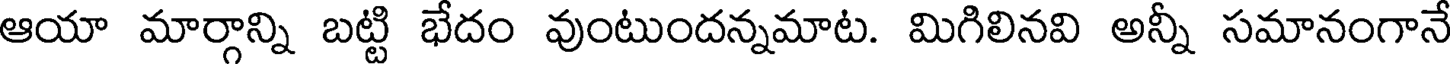
ఆయా మార్గాన్ని బట్టి భేదం వుంటుందన్నమాట. మిగిలినవి అన్నీ సమానంగానే